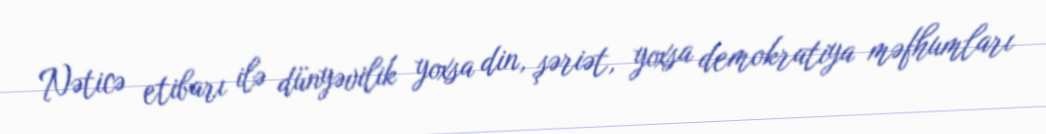
Nəticə etibarı ilə dünyəvilik yoxsa din, şəriət, yoxsa demokratiya məfhumları